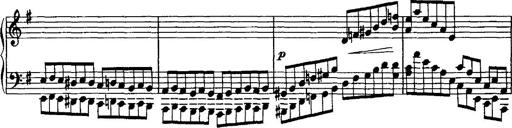
Title: Rondo di bravura
Composer: Franz Liszt